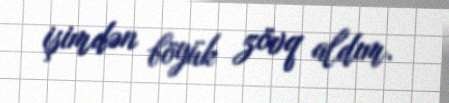
işimdən böyük zövq aldım.